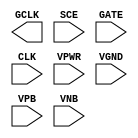
module sky130_fd_sc_ls__sdlclkp (
    GCLK,
    SCE ,
    GATE,
    CLK ,
    VPWR,
    VGND,
    VPB ,
    VNB
);

    output GCLK;
    input  SCE ;
    input  GATE;
    input  CLK ;
    input  VPWR;
    input  VGND;
    input  VPB ;
    input  VNB ;
endmodule